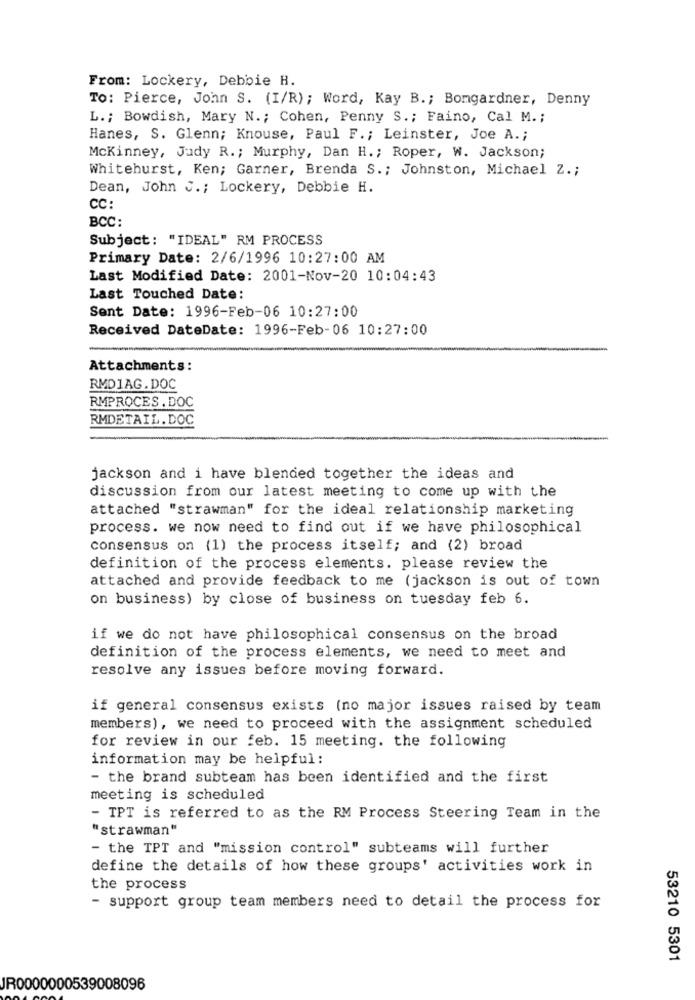
From: Lockery, Debbie H.
To: Pierce, John S. (I/R) ; Word, Kay B .; Bomgardner, Denny
L .; Bowdish, Mary N .; Cohen, Penny S .; Faino, Cal M .;
Hanes, S. Glenn; Knouse, Paul F .; Leinster, Joe A .;
Mckinney, Judy R .; Murphy, Dan H .; Roper, W. Jackson;
Whitehurst, Ken; Garner, Brenda S .; Johnston, Michael Z .;
Dean, John C .; Lockery, Debbie H.
CC:
BCC:
Subject: "IDEAL" RM PROCESS
Primary Date: 2/6/1996 10:27:00 AM
Last Modified Date: 2001-Nov-20 10:04:43
Last Touched Date:
Sent Date: 1996-Feb-06 10:27:00
Received DateDate: 1996-Feb-06 10:27:00
Attachments:
RMDIAG.DOC
RMPROCES. DOC
RMDETAIL.DOC
jackson and i have blended together the ideas and
discussion from our latest meeting to come up with the
attached "strawman" for the ideal relationship marketing
process. we now need to find out if we have philosophical
consensus on (1) the process itself; and (2) broad
definition of the process elements. please review the
attached and provide feedback to me (jackson is out of town
on business) by close of business on tuesday feb 6.
if we do not have philosophical consensus on the broad
definition of the process elements, we need to meet and
resolve any issues before moving forward.
if general consensus exists (no major issues raised by team
members), we need to proceed with the assignment scheduled
for review in our feb. 15 meeting. the following
information may be helpful:
- the brand subteam has been identified and the first
meeting is scheduled
- TPT is referred to as the RM Process Steering Team in the
"strawman"
- the TPT and "mission control" subteams will further
define the details of how these groups' activities work in
the process
- support group team members need to detail the process for
53210 5301
JR0000000539008096